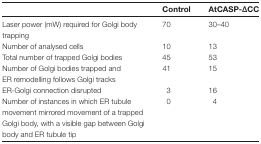
|  | Control | AtCASP-∆CC |
 | --- | --- | --- |
 | Laser power (mW) required for Golgi body trapping | 70 | 30–40 |
 | Number of analysed cells | 10 | 13 |
 | Total number of trapped Golgi bodies | 45 | 53 |
 | Number of Golgi bodies trapped andER remodelling follows Golgi tracks | 41 | 15 |
 | ER-Golgi connection disrupted | 3 | 16 |
 | Number of instances in which ER tubule movement mirrored movement of a trapped Golgi body, with a visible gap between Golgi body and ER tubule tip | 0 | 4 |